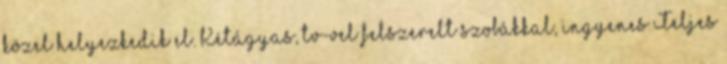
közel helyezkedik el. Kétágyas, tv-vel felszerelt szobákkal, ingyenes Teljes